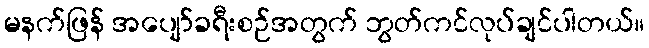
မနက်ဖြန် အပျော်ခရီးစဉ်အတွက် ဘွတ်ကင်လုပ်ချင်ပါတယ်။